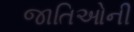
જાતિઓની